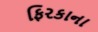
ફિરકાના